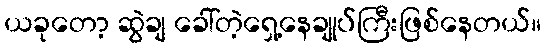
ယခုတော့ ဆွဲချ ခေါ်တဲ့ရှေ့နေချုပ်ကြီးဖြစ်နေတယ်။